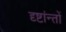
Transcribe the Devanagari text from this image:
दृष्टांन्तों